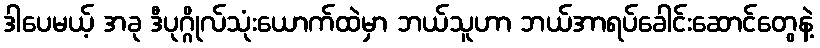
ဒါပေမယ့် အခု ဒီပုဂ္ဂိုလ်သုံးယောက်ထဲမှာ ဘယ်သူဟာ ဘယ်အာရပ်ခေါင်းဆောင်တွေနဲ့